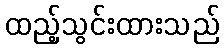
ထည့်သွင်းထားသည်